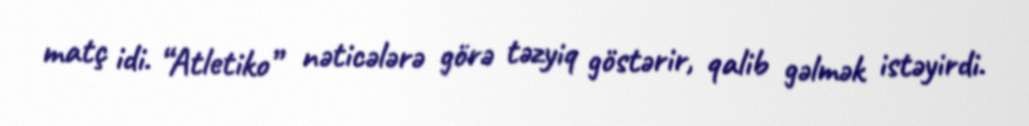
matç idi. “Atletiko” nəticələrə görə təzyiq göstərir, qalib gəlmək istəyirdi.